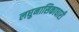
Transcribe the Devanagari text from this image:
लघुनासिकाधारी